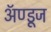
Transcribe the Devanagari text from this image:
ॲण्डूज